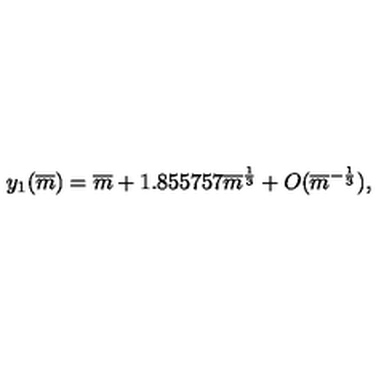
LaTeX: y _ { 1 } ( \overline { { m } } ) = \overline { { m } } + 1 . 8 5 5 7 5 7 \overline { { m } } ^ { \frac { 1 } { 3 } } + O ( \overline { { m } } ^ { - { \frac { 1 } { 3 } } } ) ,